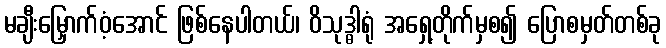
မချီးမြှောက်ဝံ့အောင် ဖြစ်နေပါတယ်၊ ဝိသုဒ္ဓါရုံ အရှေ့တိုက်မှစ၍ ပြောစမှတ်တစ်ခု